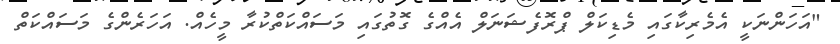
"އަހަންނަކީ އެމެރިކާގައި މެޑިކަލް ޕްރޮފެޝަނަލް އެއްގެ ގޮތުގައި މަސައްކަތްކުރާ މީހެއް. އަހަރެންގެ މަސައްކަތް